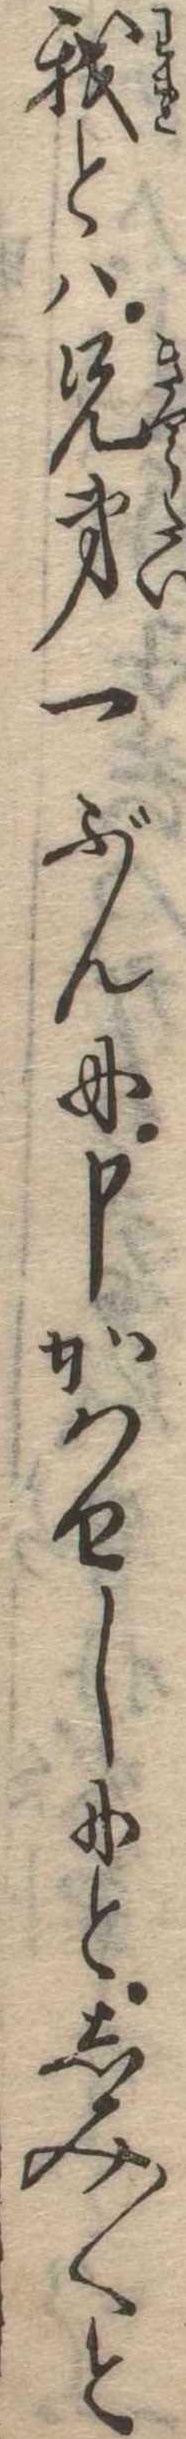
我とは兄弟一ぶんに申かはせしにとしみ〱と